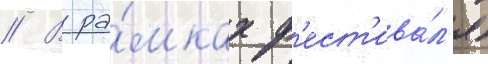
// В ра́мках ф'ест'ива́л'я